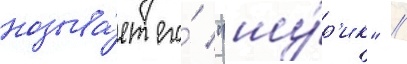
называ́ет его́ "шу́р'ик" /